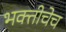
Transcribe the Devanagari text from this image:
भक्तीचेच